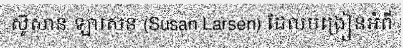
ស៊ូសាន ឡាសេន (Susan Larsen) ដែលបង្រៀនអំពី